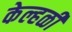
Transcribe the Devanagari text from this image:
केल्हळी